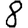
Digit: 8